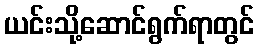
ယင်းသို့ဆောင်ရွက်ရာတွင်